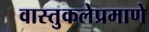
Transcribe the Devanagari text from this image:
वास्तुकलेप्रमाणे